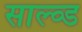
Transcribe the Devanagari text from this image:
साल्व्ड